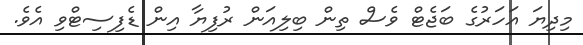
މިދިޔަ އަހަރުގެ ބަޖެޓް ވެސް ތިން ބިލިއަން ރުފިޔާ އިން ޑެފިސިޓްވި އެވެ.